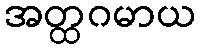
အတ္ထဂမာယ